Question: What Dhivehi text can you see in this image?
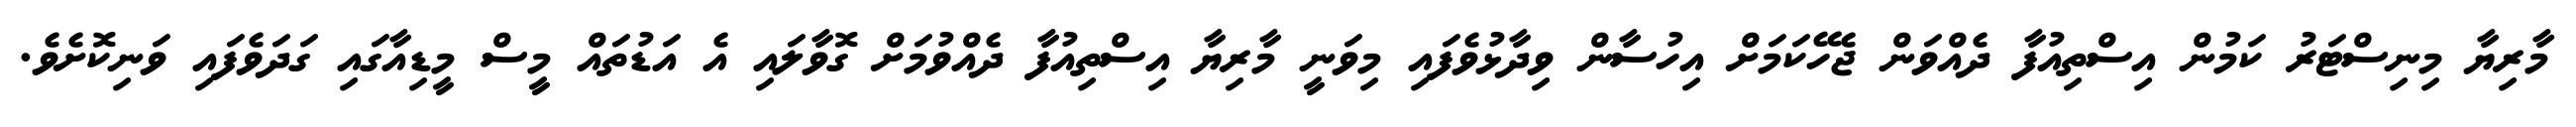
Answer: މާރިޔާ މިނިސްޓަރު ކަމުން އިސްތިއުފާ ދެއްވަން ޖެހޭކަމަށް އިހުސާން ވިދާޅުވެފައި މިވަނީ މާރިޔާ އިސްތިއުފާ ދެއްވުމަށް ގޮވާލައި އެ އަޑުތައް މީސް މީޑިއާގައި ގަދަވެފައި ވަނިކޮށެވެ.